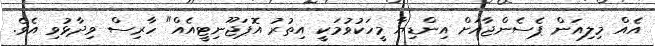
އެއް މިލިއަން ޕެސެންޖާއަށް އިންޑިޔާ މީހަކުވުމަކީ އިތުރު އޮޕަޖޫނިޓީއެއް" ހާރިސް ވިދާޅުވި އެވެ.